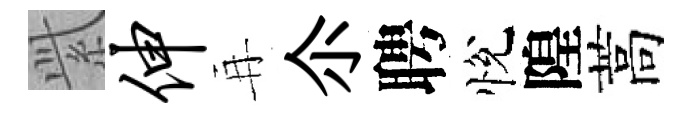
𬗋伸再尒聘悅隍蒿